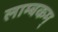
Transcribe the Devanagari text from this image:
लाम्बकम्